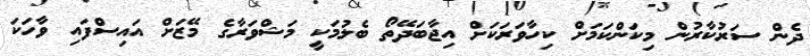
ދެން ސަރުކާރުން މިކަންކަމަށް ކިހާވަރަކަށް އިޖާބަދޭތޯ ބެލުމަކީ މަޝްވަރާގެ މޭޒަށް އައިސްފައި ވާހަކަ